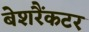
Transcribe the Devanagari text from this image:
बेशरैंकटर